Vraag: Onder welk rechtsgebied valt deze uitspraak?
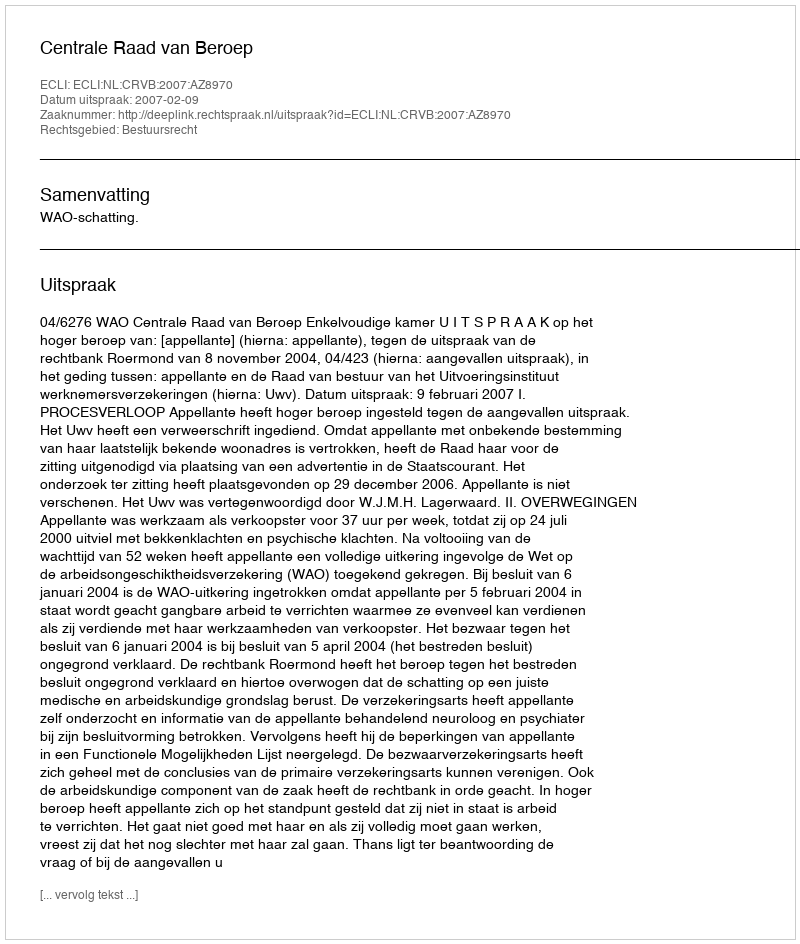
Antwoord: Bestuursrecht